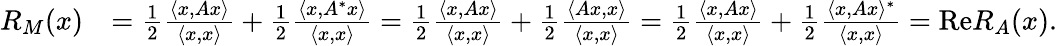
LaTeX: \begin{array}{rl}{R_{M}(x)}&{=\frac{1}{2}\frac{\langle x,Ax\rangle}{\langle x,x\rangle}+\frac{1}{2}\frac{\langle x,A^{*}x\rangle}{\langle x,x\rangle}=\frac{1}{2}\frac{\langle x,Ax\rangle}{\langle x,x\rangle}+\frac{1}{2}\frac{\langle Ax,x\rangle}{\langle x,x\rangle}=\frac{1}{2}\frac{\langle x,Ax\rangle}{\langle x,x\rangle}+\frac{1}{2}\frac{\langle x,Ax\rangle^{*}}{\langle x,x\rangle}=\mathrm{Re}R_{A}(x).}\end{array}